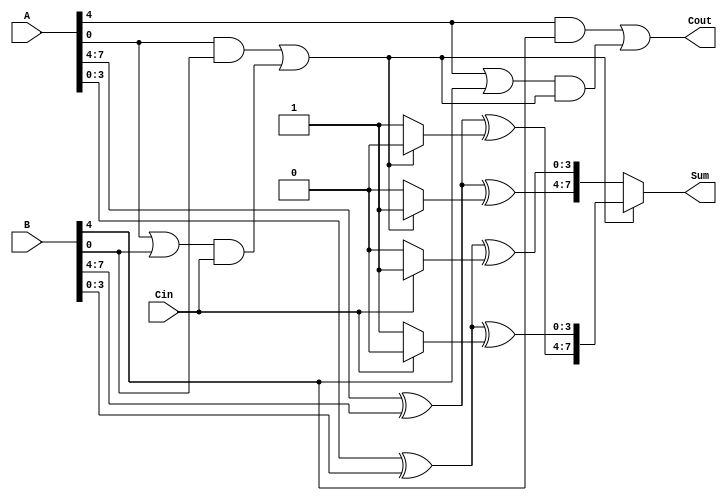
module carry_select_adder (
    input [7:0] A,       // First operand
    input [7:0] B,       // Second operand
    input Cin,           // Carry-in
    output [7:0] Sum,    // Sum output
    output Cout          // Carry-out
);
    // Internal signals
    wire [3:0] G;        // Generate signals
    wire [3:0] P;        // Propagate signals
    wire [3:0] Cout_temp; // Carry-out for each segment
    wire [7:0] Sum0;     // Sum assuming carry-in = 0
    wire [7:0] Sum1;     // Sum assuming carry-in = 1

    // Full adder for 4-bit segments
    generate
        genvar i;
        for (i = 0; i < 2; i = i + 1) begin : adder_segment
            wire [3:0] A_segment = A[i*4 +: 4];
            wire [3:0] B_segment = B[i*4 +: 4];
            wire Cin_segment = (i == 0) ? Cin : Cout_temp[i-1];
            
            // Generate and propagate signals for the segment
            assign G[i] = A_segment & B_segment;
            assign P[i] = A_segment | B_segment;

            // Full adders for both carry-in conditions
            assign Sum0[i*4 +: 4] = A_segment ^ B_segment ^ (Cin_segment ? 4'b0001 : 4'b0000);
            assign Sum1[i*4 +: 4] = A_segment ^ B_segment ^ (Cin_segment ? 4'b0000 : 4'b0001);
            
            // Carry-out for the segment
            assign Cout_temp[i] = G[i] | (P[i] & Cin_segment);
        end
    endgenerate

    // Final sum selection based on carry-out
    assign Sum = (Cout_temp[0] ? Sum1 : Sum0);
    
    // Final carry-out
    assign Cout = Cout_temp[1];

endmodule